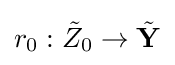
r_{0}:{\tilde {Z}}_{0}\to {\tilde {\mathbf {Y} }}